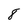
Character: 8